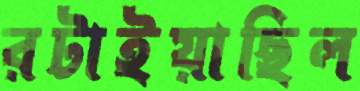
রটাইয়াছিল